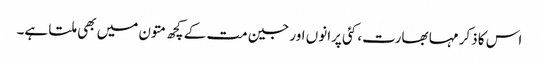
اس کا ذکر مہا بھارت، کئی پرانوں اور جین مت کے کچھ متون میں بھی ملتا ہے۔